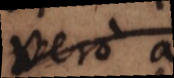
vero a